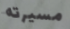
مسيرته